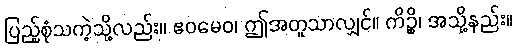
ပြည့်စုံသကဲ့သို့လည်း။ ဧဝမေဝ၊ ဤအတူသာလျှင်။ ကိဉ္စိ၊ အသို့နည်း။